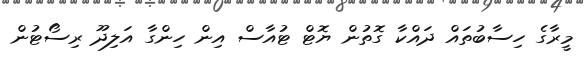
މީރާގެ ހިސާބުތައް ދައްކާ ގޮތުން ޔޮޓް ޓުއާސް އިން ހިންގާ އަލިދޫ ރިސޯޓުން